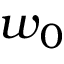
w _ { 0 }